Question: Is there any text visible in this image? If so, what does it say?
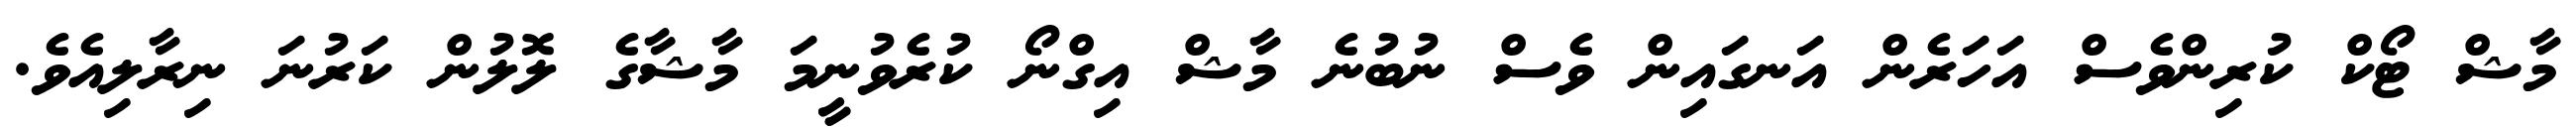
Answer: މާޝް ޓޯކް ކުރިންވެސް އަހަރެން އަނގައިން ވެސް ނުބުނެ މާޝް އިގްނޯ ކުރެވުނީމަ މާޝާގެ ލޮލުން ކަރުނަ ނިރާލިއެވެ.